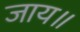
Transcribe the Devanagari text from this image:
जाय॥